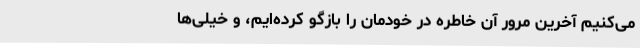
می‌کنیم آخرین مرور آن خاطره در خودمان را بازگو کرده‌ایم، و خیلی‌ها